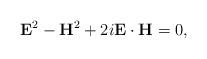
LaTeX: \begin{align*}\mathbf{E}^{2}-\mathbf{H}^{2}+2i\mathbf{E}\cdot \mathbf{H}=0, \end{align*}